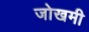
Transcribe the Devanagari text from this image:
जोखमी